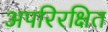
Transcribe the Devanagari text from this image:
अपरिरक्षित